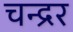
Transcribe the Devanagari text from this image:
चन्द्रर